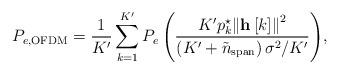
LaTeX: \begin{align*} {P_{e,{\rm{OFDM}}}} = \frac{1}{K'}\sum\limits_{k = 1}^{K'} {{P_e}\left( {\frac{{{K'}{p_k^{\star}}{{\left\| {{\bf{h}}\left[ k \right]} \right\|}^2}}}{{\left( {{K'} + {{\tilde n}_{{\rm{span}}}}} \right){\sigma ^2}/{K'}}}} \right)}, \end{align*}